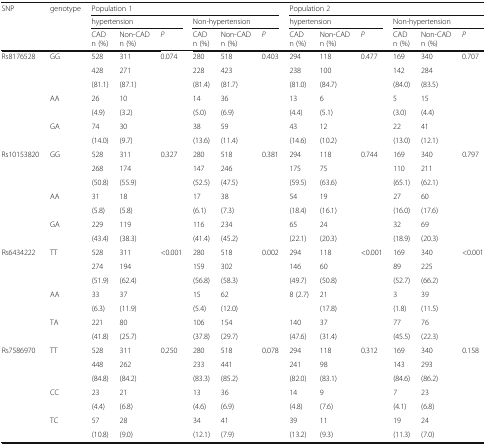
<table><thead><tr><td rowspan="3"><b>SNP</b></td><td rowspan="3"><b>genotype</b></td><td colspan="6"><b>Population 1</b></td><td colspan="6"><b>Population 2</b></td></tr><tr><td colspan="3"><b>hypertension</b></td><td colspan="3"><b>Non-hypertension</b></td><td colspan="3"><b>hypertension</b></td><td colspan="3"><b>Non-hypertension</b></td></tr><tr><td><b>CAD n (%)</b></td><td><b>Non-CAD n (%)</b></td><td><b><i>P</i></b></td><td><b>CAD n (%)</b></td><td><b>Non-CAD n (%)</b></td><td><b><i>P</i></b></td><td><b>CAD n (%)</b></td><td><b>Non-CAD n (%)</b></td><td><b><i>P</i></b></td><td><b>CAD n (%)</b></td><td><b>Non-CAD n (%)</b></td><td><b><i>P</i></b></td></tr></thead><tbody><tr><td rowspan="7">Rs8176528</td><td rowspan="3">GG</td><td>528</td><td>311</td><td rowspan="3">0.074</td><td>280</td><td>518</td><td rowspan="3">0.403</td><td>294</td><td>118</td><td rowspan="3">0.477</td><td>169</td><td>340</td><td rowspan="3">0.707</td></tr><tr><td>428</td><td>271</td><td>228</td><td>423</td><td>238</td><td>100</td><td>142</td><td>284</td></tr><tr><td>(81.1)</td><td>(87.1)</td><td>(81.4)</td><td>(81.7)</td><td>(81.0)</td><td>(84.7)</td><td>(84.0)</td><td>(83.5)</td></tr><tr><td rowspan="2">AA</td><td>26</td><td>10</td><td rowspan="2"></td><td>14</td><td>36</td><td rowspan="2"></td><td>13</td><td>6</td><td rowspan="2"></td><td>5</td><td>15</td><td rowspan="2"></td></tr><tr><td>(4.9)</td><td>(3.2)</td><td>(5.0)</td><td>(6.9)</td><td>(4.4)</td><td>(5.1)</td><td>(3.0)</td><td>(4.4)</td></tr><tr><td rowspan="2">GA</td><td>74</td><td>30</td><td rowspan="2"></td><td>38</td><td>59</td><td rowspan="2"></td><td>43</td><td>12</td><td rowspan="2"></td><td>22</td><td>41</td><td rowspan="2"></td></tr><tr><td>(14.0)</td><td>(9.7)</td><td>(13.6)</td><td>(11.4)</td><td>(14.6)</td><td>(10.2)</td><td>(13.0)</td><td>(12.1)</td></tr><tr><td rowspan="7">Rs10153820</td><td rowspan="3">GG</td><td>528</td><td>311</td><td rowspan="3">0.327</td><td>280</td><td>518</td><td rowspan="3">0.381</td><td>294</td><td>118</td><td rowspan="3">0.744</td><td>169</td><td>340</td><td rowspan="3">0.797</td></tr><tr><td>268</td><td>174</td><td>147</td><td>246</td><td>175</td><td>75</td><td>110</td><td>211</td></tr><tr><td>(50.8)</td><td>(55.9)</td><td>(52.5)</td><td>(47.5)</td><td>(59.5)</td><td>(63.6)</td><td>(65.1)</td><td>(62.1)</td></tr><tr><td rowspan="2">AA</td><td>31</td><td>18</td><td rowspan="2"></td><td>17</td><td>38</td><td rowspan="2"></td><td>54</td><td>19</td><td rowspan="2"></td><td>27</td><td>60</td><td rowspan="2"></td></tr><tr><td>(5.8)</td><td>(5.8)</td><td>(6.1)</td><td>(7.3)</td><td>(18.4)</td><td>(16.1)</td><td>(16.0)</td><td>(17.6)</td></tr><tr><td rowspan="2">GA</td><td>229</td><td>119</td><td rowspan="2"></td><td>116</td><td>234</td><td rowspan="2"></td><td>65</td><td>24</td><td rowspan="2"></td><td>32</td><td>69</td><td rowspan="2"></td></tr><tr><td>(43.4)</td><td>(38.3)</td><td>(41.4)</td><td>(45.2)</td><td>(22.1)</td><td>(20.3)</td><td>(18.9)</td><td>(20.3)</td></tr><tr><td rowspan="7">Rs6434222</td><td rowspan="3">TT</td><td>528</td><td>311</td><td rowspan="3">&lt;0.001</td><td>280</td><td>518</td><td rowspan="3">0.002</td><td>294</td><td>118</td><td rowspan="3">&lt;0.001</td><td>169</td><td>340</td><td rowspan="3">&lt;0.001</td></tr><tr><td>274</td><td>194</td><td>159</td><td>302</td><td>146</td><td>60</td><td>89</td><td>225</td></tr><tr><td>(51.9)</td><td>(62.4)</td><td>(56.8)</td><td>(58.3)</td><td>(49.7)</td><td>(50.8)</td><td>(52.7)</td><td>(66.2)</td></tr><tr><td rowspan="2">AA</td><td>33</td><td>37</td><td rowspan="2"></td><td>15</td><td>62</td><td rowspan="2"></td><td>8 (2.7)</td><td>21</td><td rowspan="2"></td><td>3</td><td>39</td><td rowspan="2"></td></tr><tr><td>(6.3)</td><td>(11.9)</td><td>(5.4)</td><td>(12.0)</td><td></td><td>(17.8)</td><td>(1.8)</td><td>(11.5)</td></tr><tr><td rowspan="2">TA</td><td>221</td><td>80</td><td rowspan="2"></td><td>106</td><td>154</td><td rowspan="2"></td><td>140</td><td>37</td><td rowspan="2"></td><td>77</td><td>76</td><td rowspan="2"></td></tr><tr><td>(41.8)</td><td>(25.7)</td><td>(37.8)</td><td>(29.7)</td><td>(47.6)</td><td>(31.4)</td><td>(45.5)</td><td>(22.3)</td></tr><tr><td rowspan="7">Rs7586970</td><td rowspan="3">TT</td><td>528</td><td>311</td><td rowspan="3">0.250</td><td>280</td><td>518</td><td rowspan="3">0.078</td><td>294</td><td>118</td><td rowspan="3">0.312</td><td>169</td><td>340</td><td rowspan="3">0.158</td></tr><tr><td>448</td><td>262</td><td>233</td><td>441</td><td>241</td><td>98</td><td>143</td><td>293</td></tr><tr><td>(84.8)</td><td>(84.2)</td><td>(83.3)</td><td>(85.2)</td><td>(82.0)</td><td>(83.1)</td><td>(84.6)</td><td>(86.2)</td></tr><tr><td rowspan="2">CC</td><td>23</td><td>21</td><td rowspan="2"></td><td>13</td><td>36</td><td rowspan="2"></td><td>14</td><td>9</td><td rowspan="2"></td><td>7</td><td>23</td><td rowspan="2"></td></tr><tr><td>(4.4)</td><td>(6.8)</td><td>(4.6)</td><td>(6.9)</td><td>(4.8)</td><td>(7.6)</td><td>(4.1)</td><td>(6.8)</td></tr><tr><td rowspan="2">TC</td><td>57</td><td>28</td><td rowspan="2"></td><td>34</td><td>41</td><td rowspan="2"></td><td>39</td><td>11</td><td rowspan="2"></td><td>19</td><td>24</td><td rowspan="2"></td></tr><tr><td>(10.8)</td><td>(9.0)</td><td>(12.1)</td><td>(7.9)</td><td>(13.2)</td><td>(9.3)</td><td>(11.3)</td><td>(7.0)</td></tr></tbody></table>